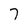
Character: 7